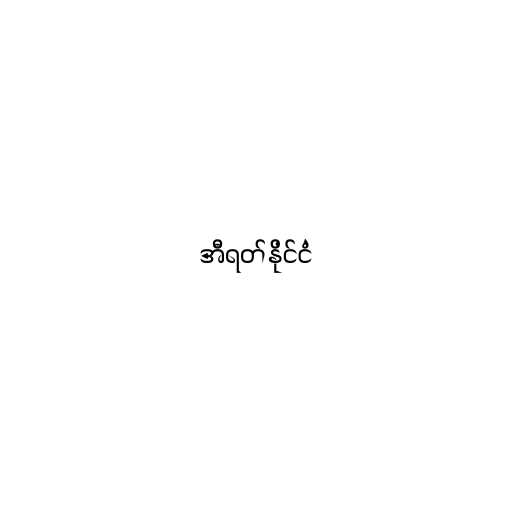
အီရတ်နိုင်ငံ